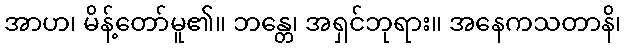
အာဟ၊ မိန့်တော်မူ၏။ ဘန္တေ၊ အရှင်ဘုရား။ အနေကသတာနိ၊